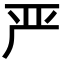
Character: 严